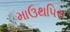
માઉથપિસ